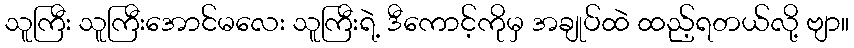
သူကြီး သူကြီးအောင်မလေး သူကြီးရဲ့ ဒီကောင့်ကိုမှ အချုပ်ထဲ ထည့်ရတယ်လို့ ဗျာ။